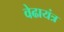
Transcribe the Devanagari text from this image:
वेढायंत्र